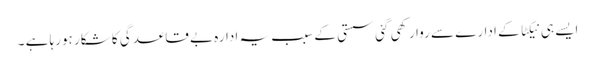
ایسے ہی نیکٹا کے ادارے سے روا رکھی گئی سستی کے سبب یہ ادارہ بے قاعدگی کا شکار ہورہا ہے ۔